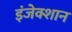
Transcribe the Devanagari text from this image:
इंजेक्शान